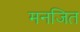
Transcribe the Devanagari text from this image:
मनजित